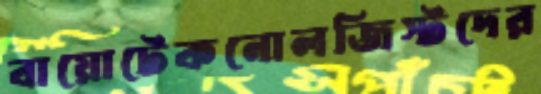
বায়োটেকনোলজিস্টদের